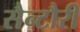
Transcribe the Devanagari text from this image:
सैन्टौरी